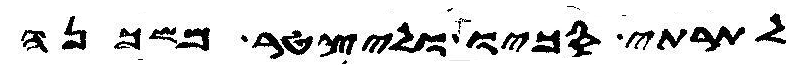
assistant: לתרתי סכיו וליצטר משכנה